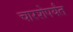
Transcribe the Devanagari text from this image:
चारशेपर्यंत